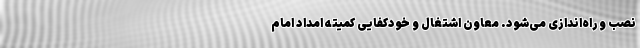
نصب و راه‌اندازی می‌شود. معاون اشتغال و خودکفایی کمیته امداد امام